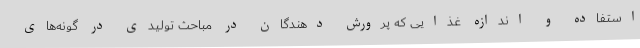
استفاده و اندازه غذایی که پرورش دهندگان در مباحث تولیدی در گونه‌های